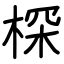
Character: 棎